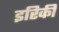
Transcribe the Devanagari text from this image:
इरिकी